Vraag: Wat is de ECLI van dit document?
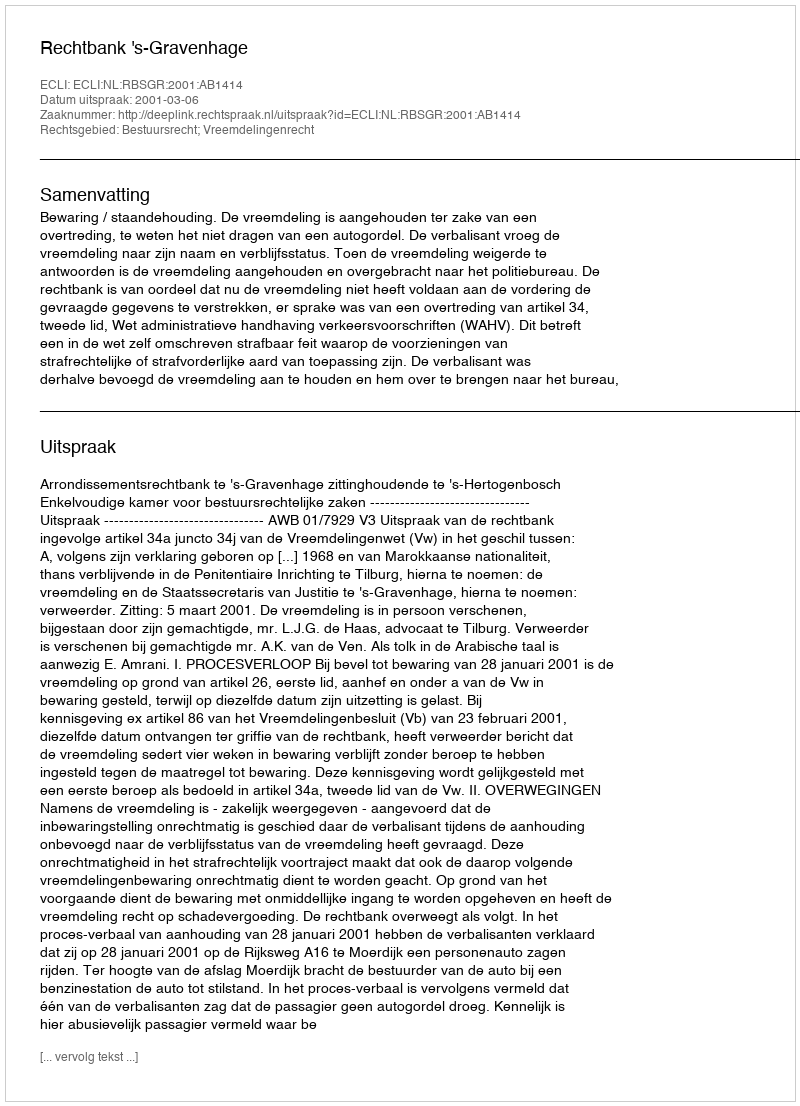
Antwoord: ECLI:NL:RBSGR:2001:AB1414